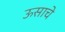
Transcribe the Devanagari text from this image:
ऊसाचे